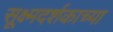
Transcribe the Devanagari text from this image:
सूक्ष्मदर्शकाच्या